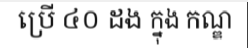
ប្រើ ៤០ ដង ក្នុង កណ្ឌ